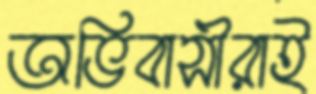
অভিবাসীরাই